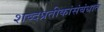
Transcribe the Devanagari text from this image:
शब्दप्रतीकांसंबंधात